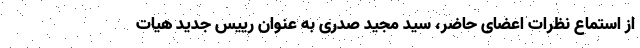
از استماع نظرات اعضای حاضر، سید مجید صدری به عنوان رییس جدید هیات